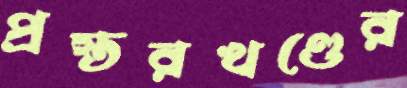
প্রস্তরখণ্ডের